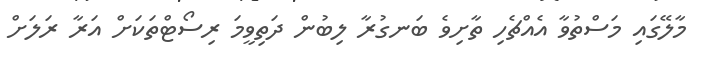
މާލޭގައި މަސްތުވާ އެއްޗެހި ތާށިވެ ބަނގުރާ ލިބުން ދަތިވީމަ ރިސޯޓްތަކަށް އަރާ ރަލަށް